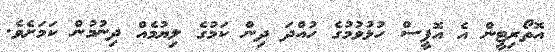
އޮތޯރިޓީން އެ އޮފީސް ހުޅުވުމުގެ ހުއްދަ ދިން ކަމުގެ ލިޔުމެއް ދިނުމުން ކަމަށެވެ.